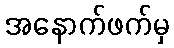
အနောက်ဖက်မှ